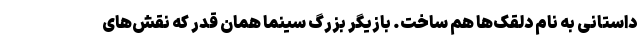
داستانی به نام دلقک‌ها هم ساخت. بازیگر بزرگ سینما همان‌ قدر که نقش‌های